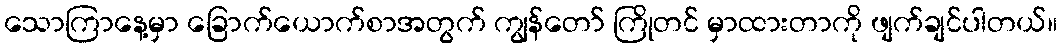
သောကြာနေ့မှာ ခြောက်ယောက်စာအတွက် ကျွန်တော် ကြိုတင် မှာထားတာကို ဖျက်ချင်ပါတယ်။